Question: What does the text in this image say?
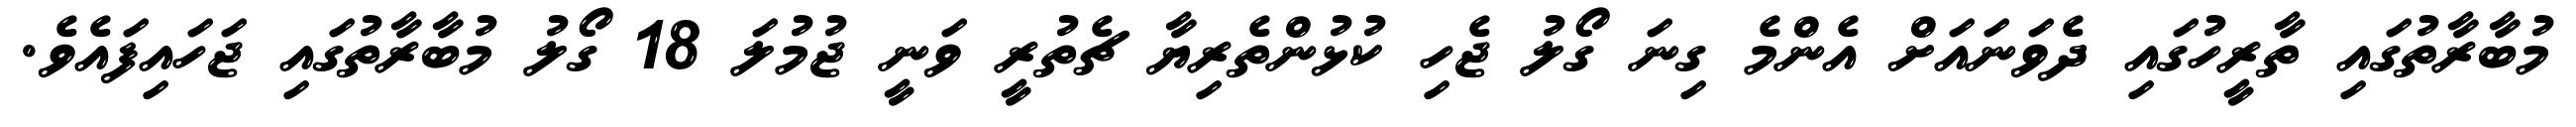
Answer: މުބާރާތުގައި ތާރީހުގައި ދެވަނައަށް އެންމެ ގިނަ ގޯލު ޖެހި ކުޅުންތެރިޔާ ޗެތުރީ ވަނީ ޖުމުލަ 18 ގޯލު މުބާރާތުގައި ޖަހައިފައެވެ.